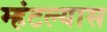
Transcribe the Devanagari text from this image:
म्हंटल्यास